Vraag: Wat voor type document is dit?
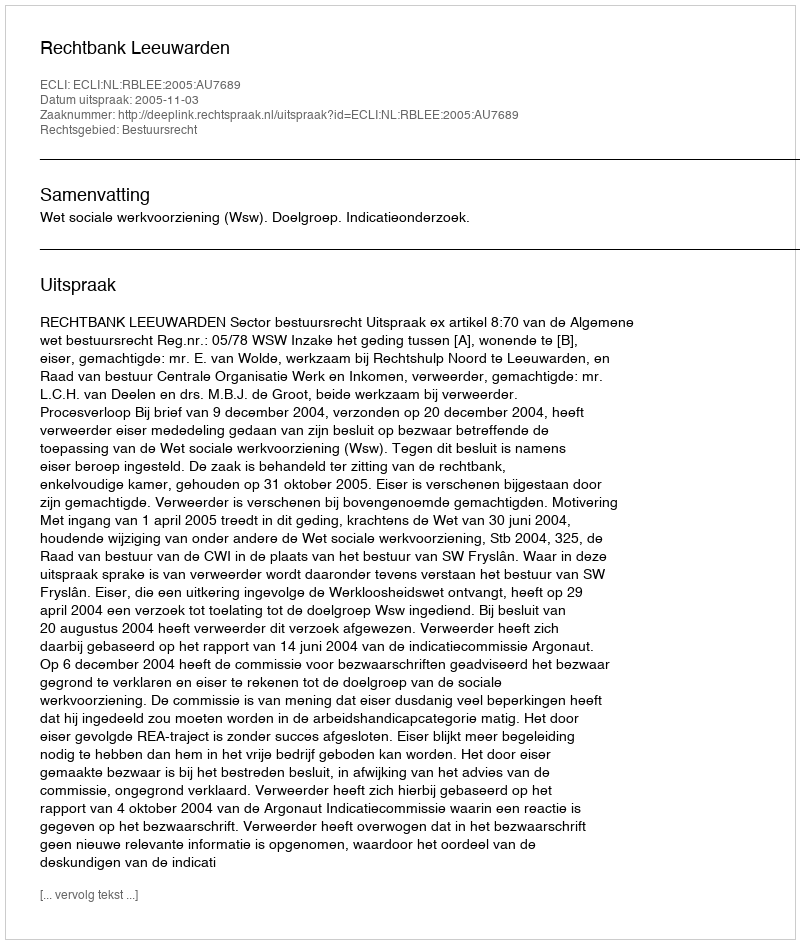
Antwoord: Uitspraak